Cholera in southern India
Disease focus: Cholera
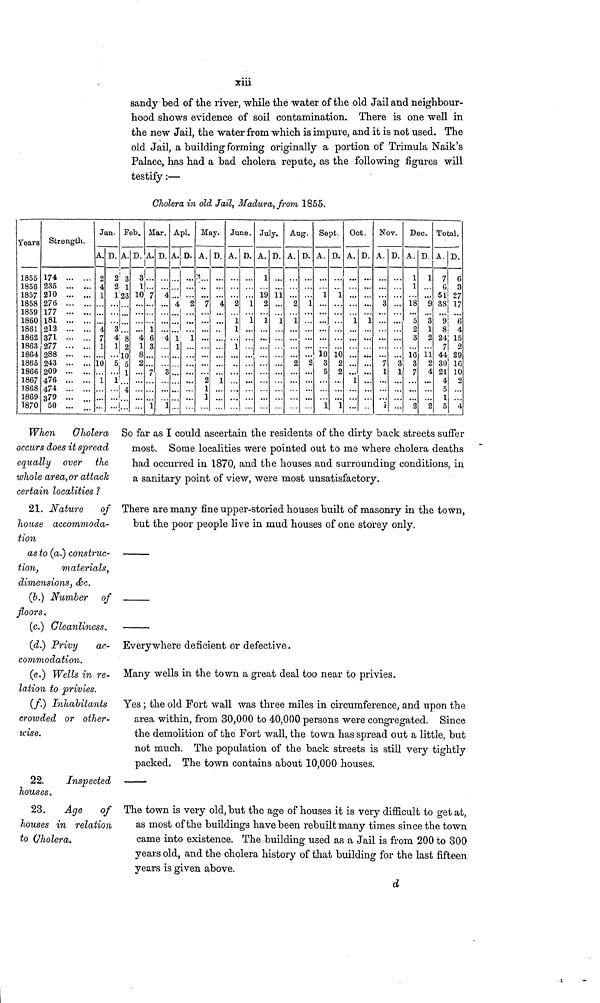
xiii
sandy bed of the river, while the water of the old Jail and neighbour-
hood shows evidence of soil contamination. There is one well in
the new Jail, the water from which is impure, and it is not used. The
old Jail, a building forming originally a portion of Trimula Naik's
Palace, has had a bad cholera repute, as the following figures will
testify :—
Cholera in old Jail, Madura, from 1855.
Years
1855
1856
1857
1858
1859
1860
1861
1862
1863
1864
1865
1866
1867
1868
1869
1870
Strength.
174
235
210
276
177
181
212
371
277
288
243
209
476
474
379 ... ...
50 ...
Jan.
A.
2
4
1
4
7
1
10
1
D.
2
2
1
3
4
1
5
1
Feb.
A.
3
1
8
2
10
5
1
4
D.
3
1
10
4
1
8
2
Mar.
A.
7
1
6
3
7
1
D.
4
4
3
1
Apl.
A.
4
1
1
D.
2
1
May.
A.
3
7
2
1
1
D.
4
1
June.
A.
2
1
1
1
D.
1
1
July.
A.
1
19
2
1
D.
11
1
Aug.
A.
2
1
2
D.
1
2
Sept.
A.
1
10 3
5
1
D.
1
10
2
2
1
Oct.
A.
1
1
D.
1
...
Nov.
A.
3
7
1
1
D.
3
1
Dec.
A.
1
1
18
5
2
3
16
3
7
2
D.
1
9
3
1
2
11
2
4
...
2
Total.
A.
7
6
51
38
...
9
8
24
7
44
30
21
4
5
1
5
D.
6
3
27
17
6
4
15
2
29
16
10
2
4
When Oholera
occurs does it spread
equally over the
whole area, or attack
certain localities ?
So far as I could ascertain the residents of the dirty back streets suffer
most. Some localities were pointed out to me where cholera deaths
had occurred in 1870, and the houses and surrounding conditions, in
a sanitary point of view, were most unsatisfactory.
21. Nature of
house accommoda-
tion
There are many fine upper-storied houses built of masonry in the town,
but the poor people live in mud houses of one storey only.
as to (a.) construc-
tion,
materials,
dimensions, &c.
(b.) Number of
floors.
(c.) Cleanliness.
(d.) Privy
ac-
commodation.
Everywhere deficient or defective.
(e.) Wells in re-
lation to privies.
Many wells in the town a great deal too near to privies.
(f.) Inhabitants
crowded or other-
wise.
Yes ; the old Fort wall was three miles in circumference, and upon the
area within, from 30,000 to 40,000 persons were congregated. Since
the demolition of the Fort wall, the town has spread out a little, but
not much. The population of the back streets is still very tightly
packed. The town contains about 10,000 houses.
22.
Inspected
houses.
23.
Age of
houses in relation
to Cholera.
The town is very old, but the age of houses it is very difficult to get at,
as most of the buildings have been rebuilt many times since the town
came into existence. The building used as a Jail is from 200 to 300
years old, and the cholera history of that building for the last fifteen
years is given above.
d